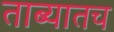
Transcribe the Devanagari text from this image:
ताब्यातच